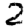
Digit: 2